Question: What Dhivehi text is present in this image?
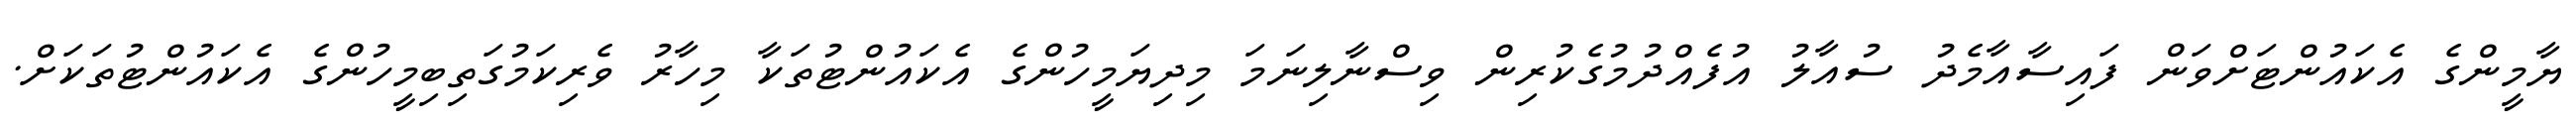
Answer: ޔާމީންގެ އެކައުންޓަށްވަން ފައިސާއާމެދު ސުއާލު އުފެއްދުމުގެކުރިން ވިސްނާލިނަމަ މިދިޔަމީހުންގެ އެކައުންޓުތަކާ މިހާރު ވެރިކަމުގަތިބިމީހުންގެ އެކައުންޓުތަކަށް.